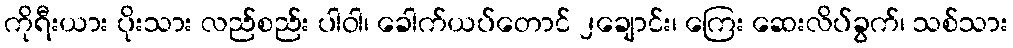
ကိုရီးယား ပိုးသား လည်စည်း ပါဝါ၊ ခေါက်ယပ်တောင် ၂ချောင်း၊ ကြေး ဆေးလိပ်ခွက်၊ သစ်သား